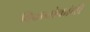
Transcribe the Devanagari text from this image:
विवानौकांनी